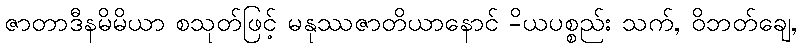
ဇာတာဒီနမိမိယာ စသုတ်ဖြင့် မနုဿဇာတိယာနောင် -ိယပစ္စည်း သက်, ဝိဘတ်ချေ,